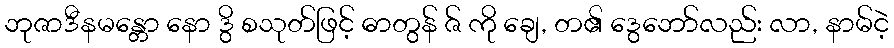
ဘုဇာဒီနမန္တော နော ဒွိ စသုတ်ဖြင့် ဓာတွန် ဇ် ကို ချေ, တ၏ ဒွေဘော်လည်း လာ, နာမ်ငဲ့